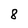
Character: 8